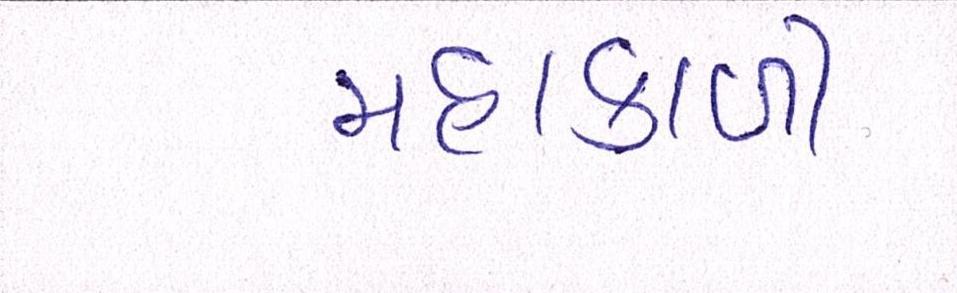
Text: મહાકાળી